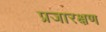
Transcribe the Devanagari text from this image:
प्रजारक्षण